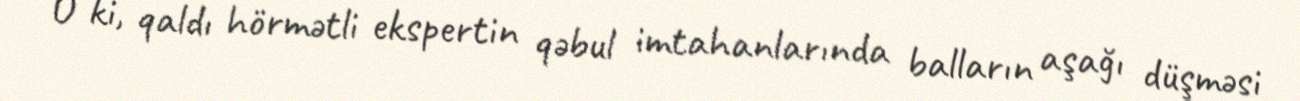
O ki, qaldı hörmətli ekspertin qəbul imtahanlarında balların aşağı düşməsi